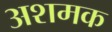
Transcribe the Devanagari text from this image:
अशमक